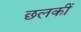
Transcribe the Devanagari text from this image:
छलकीं